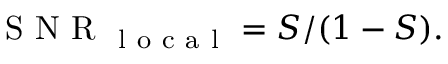
\mathrm { ~ S ~ N ~ R ~ } _ { \mathrm { ~ l ~ o ~ c ~ a ~ l ~ } } = S / ( 1 - S ) .